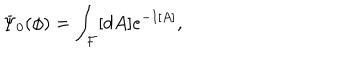
LaTeX: \Psi _ { 0 } ( \phi ) = \int _ { \cal F } [ d A ] e ^ { - I [ A ] } ,